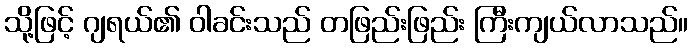
သို့ဖြင့် ဂျရယ်၏ ဝါခင်းသည် တဖြည်းဖြည်း ကြီးကျယ်လာသည်။